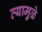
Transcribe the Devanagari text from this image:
त्यामुळे